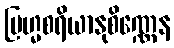
ဗြဟ္မစရိယာနုစိဏ္ဏေန